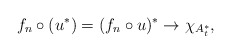
\begin{align*} f_n \circ (u^*) = (f_n \circ u)^* \to \chi_{A_t^*},\end{align*}